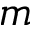
m